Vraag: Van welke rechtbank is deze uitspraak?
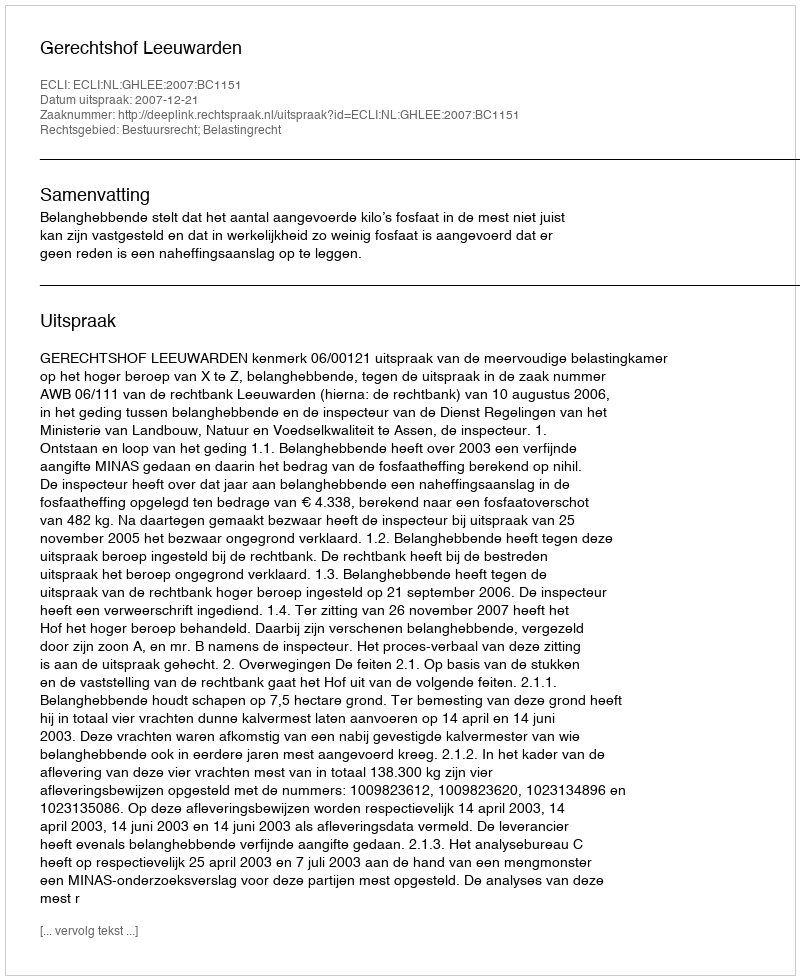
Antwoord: Gerechtshof Leeuwarden